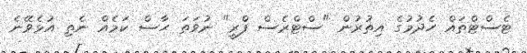
ޓެސްޓްތައް ހެދުމުގެ އިތުރުން "ސްޓްރެސް ފްރީ" ނުވަތަ ހާސް ކަމެއް ނެތި އުޅެވޭނެ